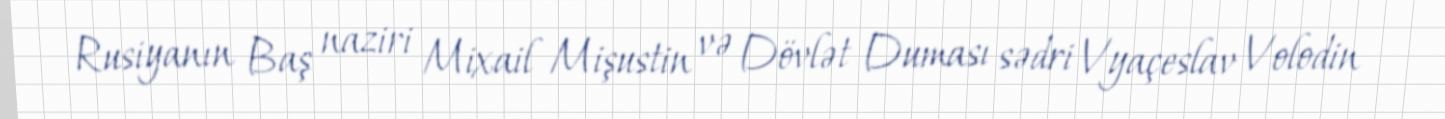
Rusiyanın Baş naziri Mixail Mişustin və Dövlət Duması sədri Vyaçeslav Volodin